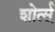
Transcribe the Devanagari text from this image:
शोर्त्स्